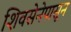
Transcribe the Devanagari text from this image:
शिवसेनेपासून